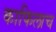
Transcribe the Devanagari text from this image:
काफिलाच